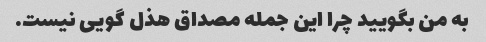
به من بگویید چرا این جمله مصداق هذل گویی نیست.